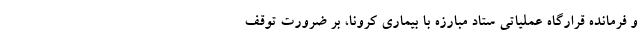
و فرمانده قرارگاه عملیاتی ستاد مبارزه با بیماری کرونا، بر ضرورت توقف